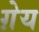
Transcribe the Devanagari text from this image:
ग़ेय